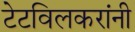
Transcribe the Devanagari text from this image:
टेटविलकरांनी